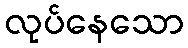
လုပ်နေသော